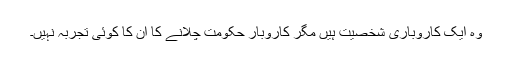
وہ ایک کاروباری شخصیت ہیں مگر کاروبار حکومت چلانے کا ان کا کوئی تجربہ نہیں۔